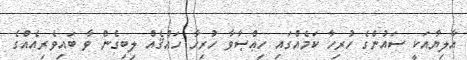
އާލިޔާއަކީ ސައުންގެ ހުރިހާ ކަމެއްގައި ހިޢްޞާވާ ހުރިހާ ހައްޤެއް ލިބިގެން ވާ ބައިވެރިއެއްގެ